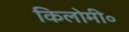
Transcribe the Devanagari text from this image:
किलोमी॰